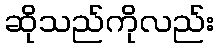
ဆိုသည်ကိုလည်း